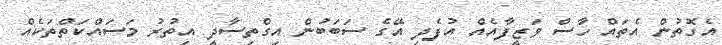
އެގޮތުން އެތައް ހާސް ވަޒީފާއެއް އުފެދި އޭގެ ސަބަބުން އިގްތިސާދީ އިތުރު މަސައްކަތްތަކެއް